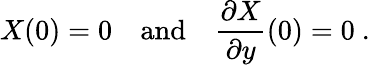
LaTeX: X(0)=0\quad\textrm{and}\quad\frac{\partial{X}}{\partial{y}}(0)=0~.